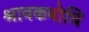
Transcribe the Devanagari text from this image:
श्रावकबोधि